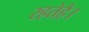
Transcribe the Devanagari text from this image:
रहतेहै।